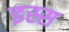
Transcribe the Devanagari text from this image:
इस्स